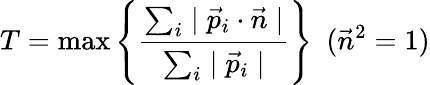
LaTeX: T=\mathrm{max}\left\{ \frac{\sum_{i}\mid\vec{p}_{i}\cdot\vec{n}\mid}{\sum_{i}\mid\vec{p}_{i}\mid}\right\} ~~(\vec{n}^{2}=1)